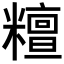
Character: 𥼷